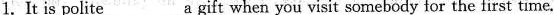
1.It is polite a gift when you visit somebody for the first time.